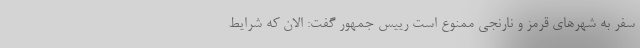
سفر به شهرهای قرمز و نارنجی ممنوع است رییس جمهور گفت: الان که شرایط